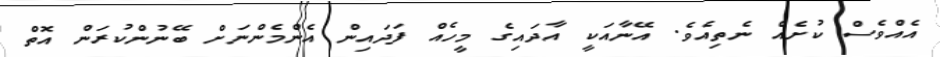
އެއްވެސް ކުށެއް ނެތިއެވެ. އޭނާއަކީ އާދައިގެ މީހެއް ފަދައިން އެންމެންނަށް ބޭނުންކުރަން އޮތް